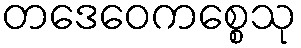
တဒေဝေကစ္စေသု